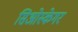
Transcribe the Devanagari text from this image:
सिओस्केगर